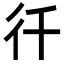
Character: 𭛜